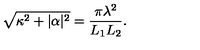
\sqrt { \kappa ^ { 2 } + | \alpha | ^ { 2 } } = \frac { \pi \lambda ^ { 2 } } { L _ { 1 } L _ { 2 } } .